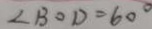
\angle B O D = 6 0 ^ { \circ }